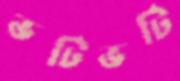
ভটিভটি